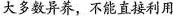
大多数异养，不能直接利用